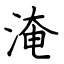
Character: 淹